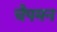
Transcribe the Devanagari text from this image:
चैपमन